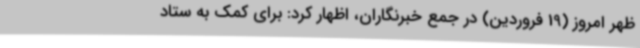
ظهر امروز (19 فروردین) در جمع خبرنگاران، اظهار کرد: برای کمک به ستاد